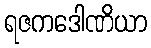
ရဇကဒေါဏိယာ